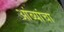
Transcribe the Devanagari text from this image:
आंब्यांचा